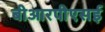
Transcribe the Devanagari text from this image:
बीआरपीएसई